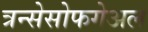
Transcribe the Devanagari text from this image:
त्रन्सेसोफगेअल